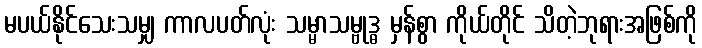
မပယ်နိုင်သေးသမျှ ကာလပတ်လုံး သမ္မာသမ္ဗုဒ္ဓ မှန်စွာ ကိုယ်တိုင် သိတဲ့ဘုရားအဖြစ်ကို